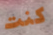
كنت